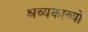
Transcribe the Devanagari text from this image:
श्रव्यकाव्यों